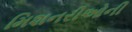
મિશનરીઓની